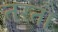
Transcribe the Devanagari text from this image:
तरतौ